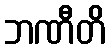
ဘဏီတိ